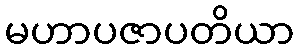
မဟာပဇာပတိယာ